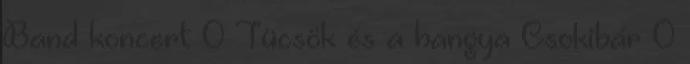
Band koncert 0 Tücsök és a hangya Csokibár 0